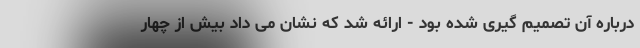
درباره آن تصمیم گیری شده بود - ارائه شد که نشان می داد بیش از چهار